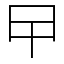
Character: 曱